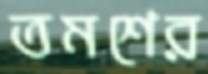
তমশের